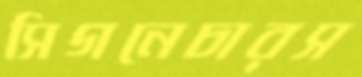
সিগনেচারস